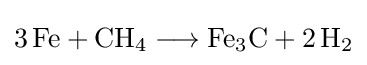
{3\,\mathrm {Fe} {}+{}\mathrm {CH} {\vphantom {A}}_{\smash[{t}]{4}}{}\mathrel {\longrightarrow } {}\mathrm {Fe} {\vphantom {A}}_{\smash[{t}]{3}}\mathrm {C} {}+{}2\,\mathrm {H} {\vphantom {A}}_{\smash[{t}]{2}}}